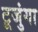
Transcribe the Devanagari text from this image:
टूजुंगा